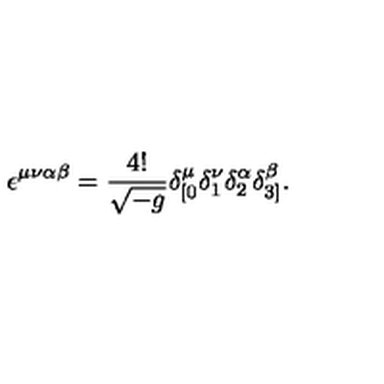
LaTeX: \epsilon ^ { \mu \nu \alpha \beta } = \frac { 4 ! } { \sqrt { - g } } \delta _ { [ 0 } ^ { \mu } \delta _ { 1 } ^ { \nu } \delta _ { 2 } ^ { \alpha } \delta _ { 3 ] } ^ { \beta } .